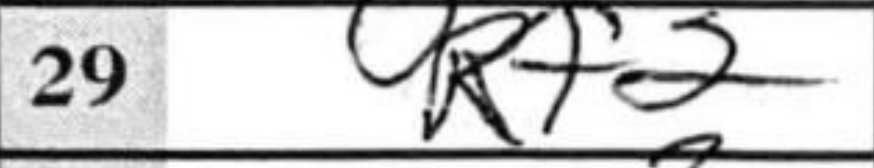
Transcription: Rf2